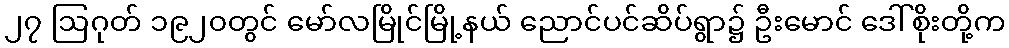
၂၇ ဩဂုတ် ၁၉၂၀တွင် မော်လမြိုင်မြို့နယ် ညောင်ပင်ဆိပ်ရွာ၌ ဦးမောင် ဒေါ်စိုးတို့က